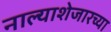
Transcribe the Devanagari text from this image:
नाल्याशेजारच्या